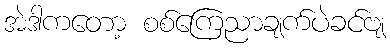
အဲဒါကတော့ စစ်ကြေညာချက်ပဲခင်ဗျ